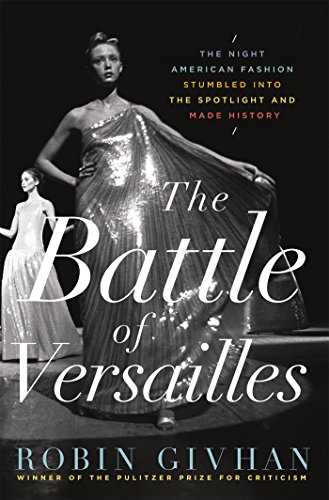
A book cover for The Battle of Versailles: The Night American Fashion Stumbled into the Spotlight and Made History; Robin Givhan; Arts & Photography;